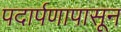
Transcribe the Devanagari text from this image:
पदार्पणापासून